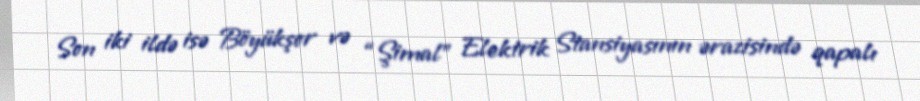
Son iki ildə isə Böyükşor və “Şimal” Elektrik Stansiyasının ərazisində qapalı